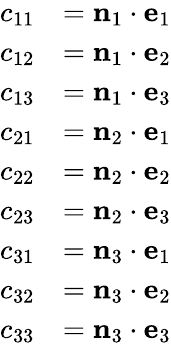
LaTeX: {\begin{array}{rl}{c_{11}}&{=\mathbf{n}_{1}\cdot\mathbf{e}_{1}}\\ {c_{12}}&{=\mathbf{n}_{1}\cdot\mathbf{e}_{2}}\\ {c_{13}}&{=\mathbf{n}_{1}\cdot\mathbf{e}_{3}}\\ {c_{21}}&{=\mathbf{n}_{2}\cdot\mathbf{e}_{1}}\\ {c_{22}}&{=\mathbf{n}_{2}\cdot\mathbf{e}_{2}}\\ {c_{23}}&{=\mathbf{n}_{2}\cdot\mathbf{e}_{3}}\\ {c_{31}}&{=\mathbf{n}_{3}\cdot\mathbf{e}_{1}}\\ {c_{32}}&{=\mathbf{n}_{3}\cdot\mathbf{e}_{2}}\\ {c_{33}}&{=\mathbf{n}_{3}\cdot\mathbf{e}_{3}}\end{array}}